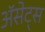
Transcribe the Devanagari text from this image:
ॲसेट्स